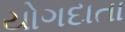
યોગદાતા